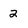
Character: 2